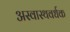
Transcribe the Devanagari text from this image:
अस्वास्थवर्धक